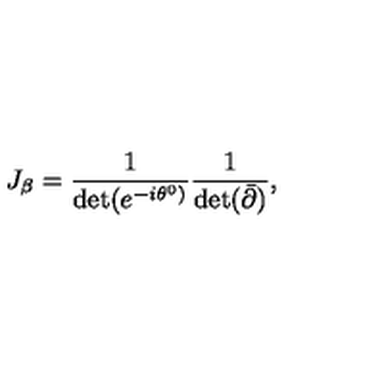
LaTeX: J _ { \beta } = \frac { 1 } { \det ( e ^ { - i \theta ^ { 0 } ) } } \frac { 1 } { \det ( { \bar { \partial } } ) } ,